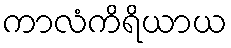
ကာလံကိရိယာယ